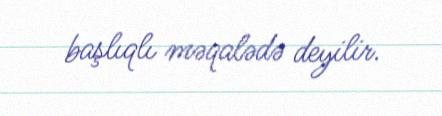
başlıqlı məqalədə deyilir.